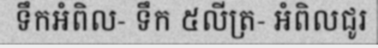
ទឹកអំពិល- ទឹក ៥លីត្រ- អំពិលជូរ